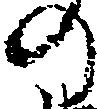
の